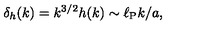
\delta _ { h } ( k ) = k ^ { 3 / 2 } h ( k ) \sim \ell _ { \mathrm { P } } k / a ,